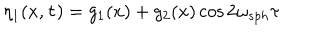
LaTeX: \eta _ { 1 } ( x , \tau ) = g _ { 1 } ( x ) + g _ { 2 } ( x ) \cos 2 \omega _ { s p h } \tau